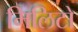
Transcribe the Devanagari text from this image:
मिलिटो